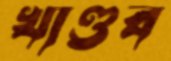
খাণ্ডব